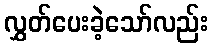
လွှတ်ပေးခဲ့သော်လည်း